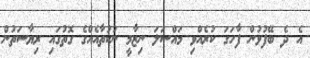
އެ ދެ ބޭފުޅުން ފާހަގަ ކުރެއްވި މައްސަލަ ނިޒާމީ ނުކުތާއެއްގެ ގޮތުގައި ރިޔާސަތުން